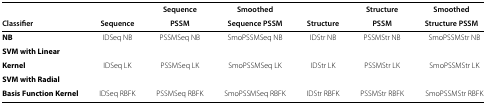
|  |  | Sequence | Smoothed |  | Structure | Smoothed |
 | Classifier | Sequence | PSSM | Sequence PSSM | Structure | PSSM | Structure PSSM |
 | --- | --- | --- | --- | --- | --- | --- |
 | NB | IDSeq NB | PSSMSeq NB | SmoPSSMSeq NB | IDStr NB | PSSMStr NB | SmoPSSMStr NB |
 | SVM with Linear |  |  |  |  |  |  |
 | Kernel | IDSeq LK | PSSMSeq LK | SmoPSSMSeq LK | IDStr LK | PSSMStr LK | SmoPSSMStr LK |
 | SVM with Radial |  |  |  |  |  |  |
 | Basis Function Kernel | IDSeq RBFK | PSSMSeq RBFK | SmoPSSMSeq RBFK | IDStr RBFK | PSSMStr RBFK | SmoPSSMStr RBFK |